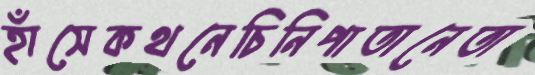
হাঁসেকথনেচিনিপাতানেতা